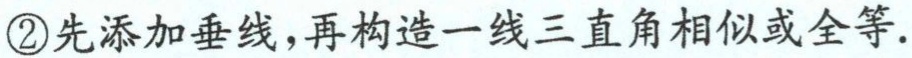
\textcircled{2}先添加垂线，再构造一线三直角相似或全等.